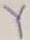
Text: Y